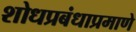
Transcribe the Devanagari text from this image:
शोधप्रबंधाप्रमाणे